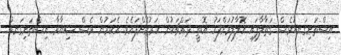
އިސްތަށިގަނޑުވެސް ގަތާލާފައި އޮލާލުމަށްފަހު އޮތީ ދައްޗަކުން ހަރުކޮށްފައެވެ. އެކަމުން ވެސް ޝިޔާރާ އިސްތަށިގަނޑު